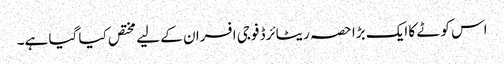
اس کوٹے کا ایک بڑا حصہ ریٹائرڈ فوجی افسران کے لیے مختص کیا گیا ہے۔